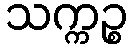
သက္ကဉ္စ